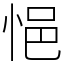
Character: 悒